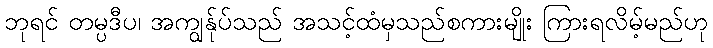
ဘုရင် တမ္ပဒီပ၊ အကျွန်ုပ်သည် အသင့်ထံမှသည်စကားမျိုး ကြားရလိမ့်မည်ဟု